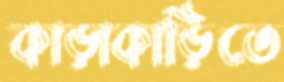
কাড়াকাড়িতে